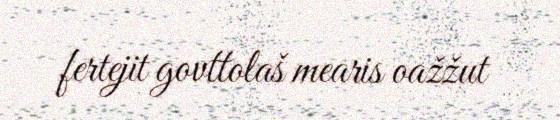
fertejit govttolaš mearis oažžut